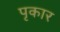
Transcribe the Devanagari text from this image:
पृकार